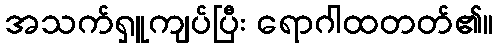
အသက်ရှူကျပ်ပြီး ရောဂါထတတ်၏။